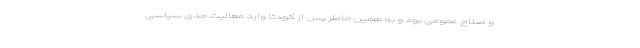
و صلاح عمومی بود و به همین خاطر پس از کودتا وارد فعالیت جدی سیاسی